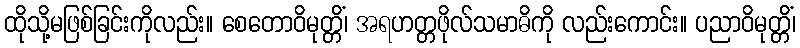
ထိုသို့မဖြစ်ခြင်းကိုလည်း။ စေတောဝိမုတ္တိံ၊ အရဟတ္တဖိုလ်သမာဓိကို လည်းကောင်း။ ပညာဝိမုတ္တိံ၊